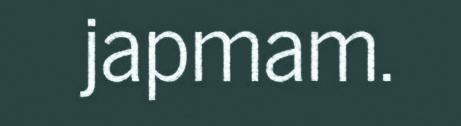
japmam.